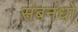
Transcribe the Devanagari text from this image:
संबनंधो